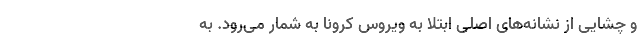
و چشایی از نشانه‌های اصلی ابتلا به ویروس کرونا به شمار می‌رود. به